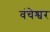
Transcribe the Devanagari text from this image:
वंचेश्वर